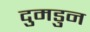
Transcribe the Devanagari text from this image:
दुमडुन